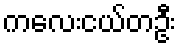
ကလေးငယ်တဦး